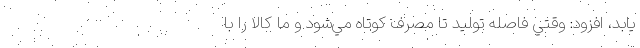
يابد، افزود: وقتي فاصله توليد تا مصرف كوتاه مي‌شود و ما كالا را با